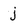
Character: j